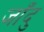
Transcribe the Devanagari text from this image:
जाँदु